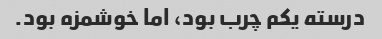
درسته یکم چرب بود، اما خوشمزه بود.